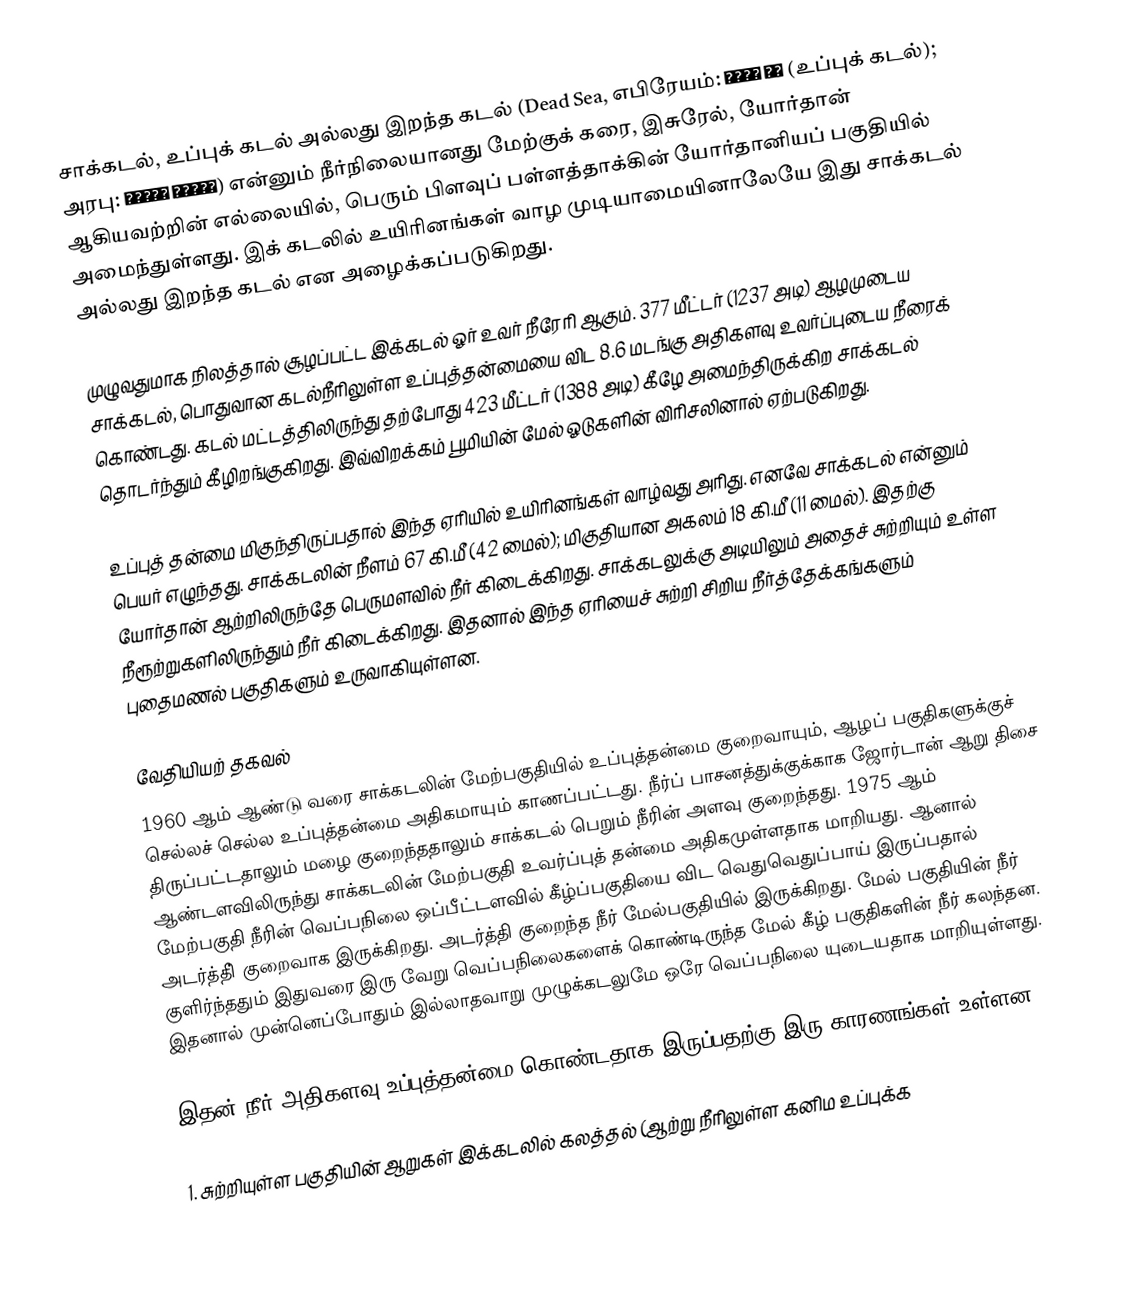
சாக்கடல், உப்புக் கடல் அல்லது இறந்த கடல் (Dead Sea, எபிரேயம்: ים המלח (உப்புக் கடல்); அரபு: البحر الميت) என்னும் நீர்நிலையானது மேற்குக் கரை, இசுரேல், யோர்தான் ஆகியவற்றின் எல்லையில், பெரும் பிளவுப் பள்ளத்தாக்கின் யோர்தானியப் பகுதியில் அமைந்துள்ளது. இக் கடலில் உயிரினங்கள் வாழ முடியாமையினாலேயே இது சாக்கடல் அல்லது இறந்த கடல் என அழைக்கப்படுகிறது.

முழுவதுமாக நிலத்தால் சூழப்பட்ட இக்கடல் ஓர் உவர் நீரேரி ஆகும். 377 மீட்டர் (1237 அடி) ஆழமுடைய சாக்கடல், பொதுவான கடல்நீரிலுள்ள உப்புத்தன்மையை விட 8.6 மடங்கு அதிகளவு உவர்ப்புடைய நீரைக் கொண்டது. கடல் மட்டத்திலிருந்து தற்போது 423 மீட்டர் (1388 அடி) கீழே அமைந்திருக்கிற சாக்கடல் தொடர்ந்தும் கீழிறங்குகிறது. இவ்விறக்கம் பூமியின் மேல் ஓடுகளின் விரிசலினால் ஏற்படுகிறது.

உப்புத் தன்மை மிகுந்திருப்பதால் இந்த ஏரியில் உயிரினங்கள் வாழ்வது அரிது. எனவே சாக்கடல் என்னும் பெயர் எழுந்தது. சாக்கடலின் நீளம் 67 கி.மீ (42 மைல்); மிகுதியான அகலம் 18 கி.மீ (11 மைல்). இதற்கு யோர்தான் ஆற்றிலிருந்தே பெருமளவில் நீர் கிடைக்கிறது. சாக்கடலுக்கு அடியிலும் அதைச் சுற்றியும் உள்ள நீரூற்றுகளிலிருந்தும் நீர் கிடைக்கிறது. இதனால் இந்த ஏரியைச் சுற்றி சிறிய நீர்த்தேக்கங்களும் புதைமணல் பகுதிகளும் உருவாகியுள்ளன.

வேதியியற் தகவல்
1960 ஆம் ஆண்டு வரை சாக்கடலின் மேற்பகுதியில் உப்புத்தன்மை குறைவாயும், ஆழப் பகுதிகளுக்குச் செல்லச் செல்ல உப்புத்தன்மை அதிகமாயும் காணப்பட்டது. நீர்ப் பாசனத்துக்குக்காக ஜோர்டான் ஆறு திசை திருப்பட்டதாலும் மழை குறைந்ததாலும் சாக்கடல் பெறும் நீரின் அளவு குறைந்தது. 1975 ஆம் ஆண்டளவிலிருந்து சாக்கடலின் மேற்பகுதி உவர்ப்புத் தன்மை அதிகமுள்ளதாக மாறியது. ஆனால் மேற்பகுதி நீரின் வெப்பநிலை ஒப்பீட்டளவில் கீழ்ப்பகுதியை விட வெதுவெதுப்பாய் இருப்பதால் அடர்த்தி் குறைவாக இருக்கிறது. அடர்த்தி குறைந்த நீர் மேல்பகுதியில் இருக்கிறது. மேல் பகுதியின் நீர் குளிர்ந்ததும் இதுவரை இரு வேறு வெப்பநிலைகளைக் கொண்டிருந்த மேல் கீழ் பகுதிகளின் நீர் கலந்தன. இதனால் முன்னெப்போதும் இல்லாதவாறு முழுக்கடலுமே ஒரே வெப்பநிலை யுடையதாக மாறியுள்ளது.

இதன் நீர் அதிகளவு உப்புத்தன்மை கொண்டதாக இருப்பதற்கு இரு காரணங்கள் உள்ளன:

1. சுற்றியுள்ள பகுதியின் ஆறுகள் இக்கடலில் கலத்தல் (ஆற்று நீரிலுள்ள கனிம உப்புக்க